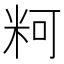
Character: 𰪲